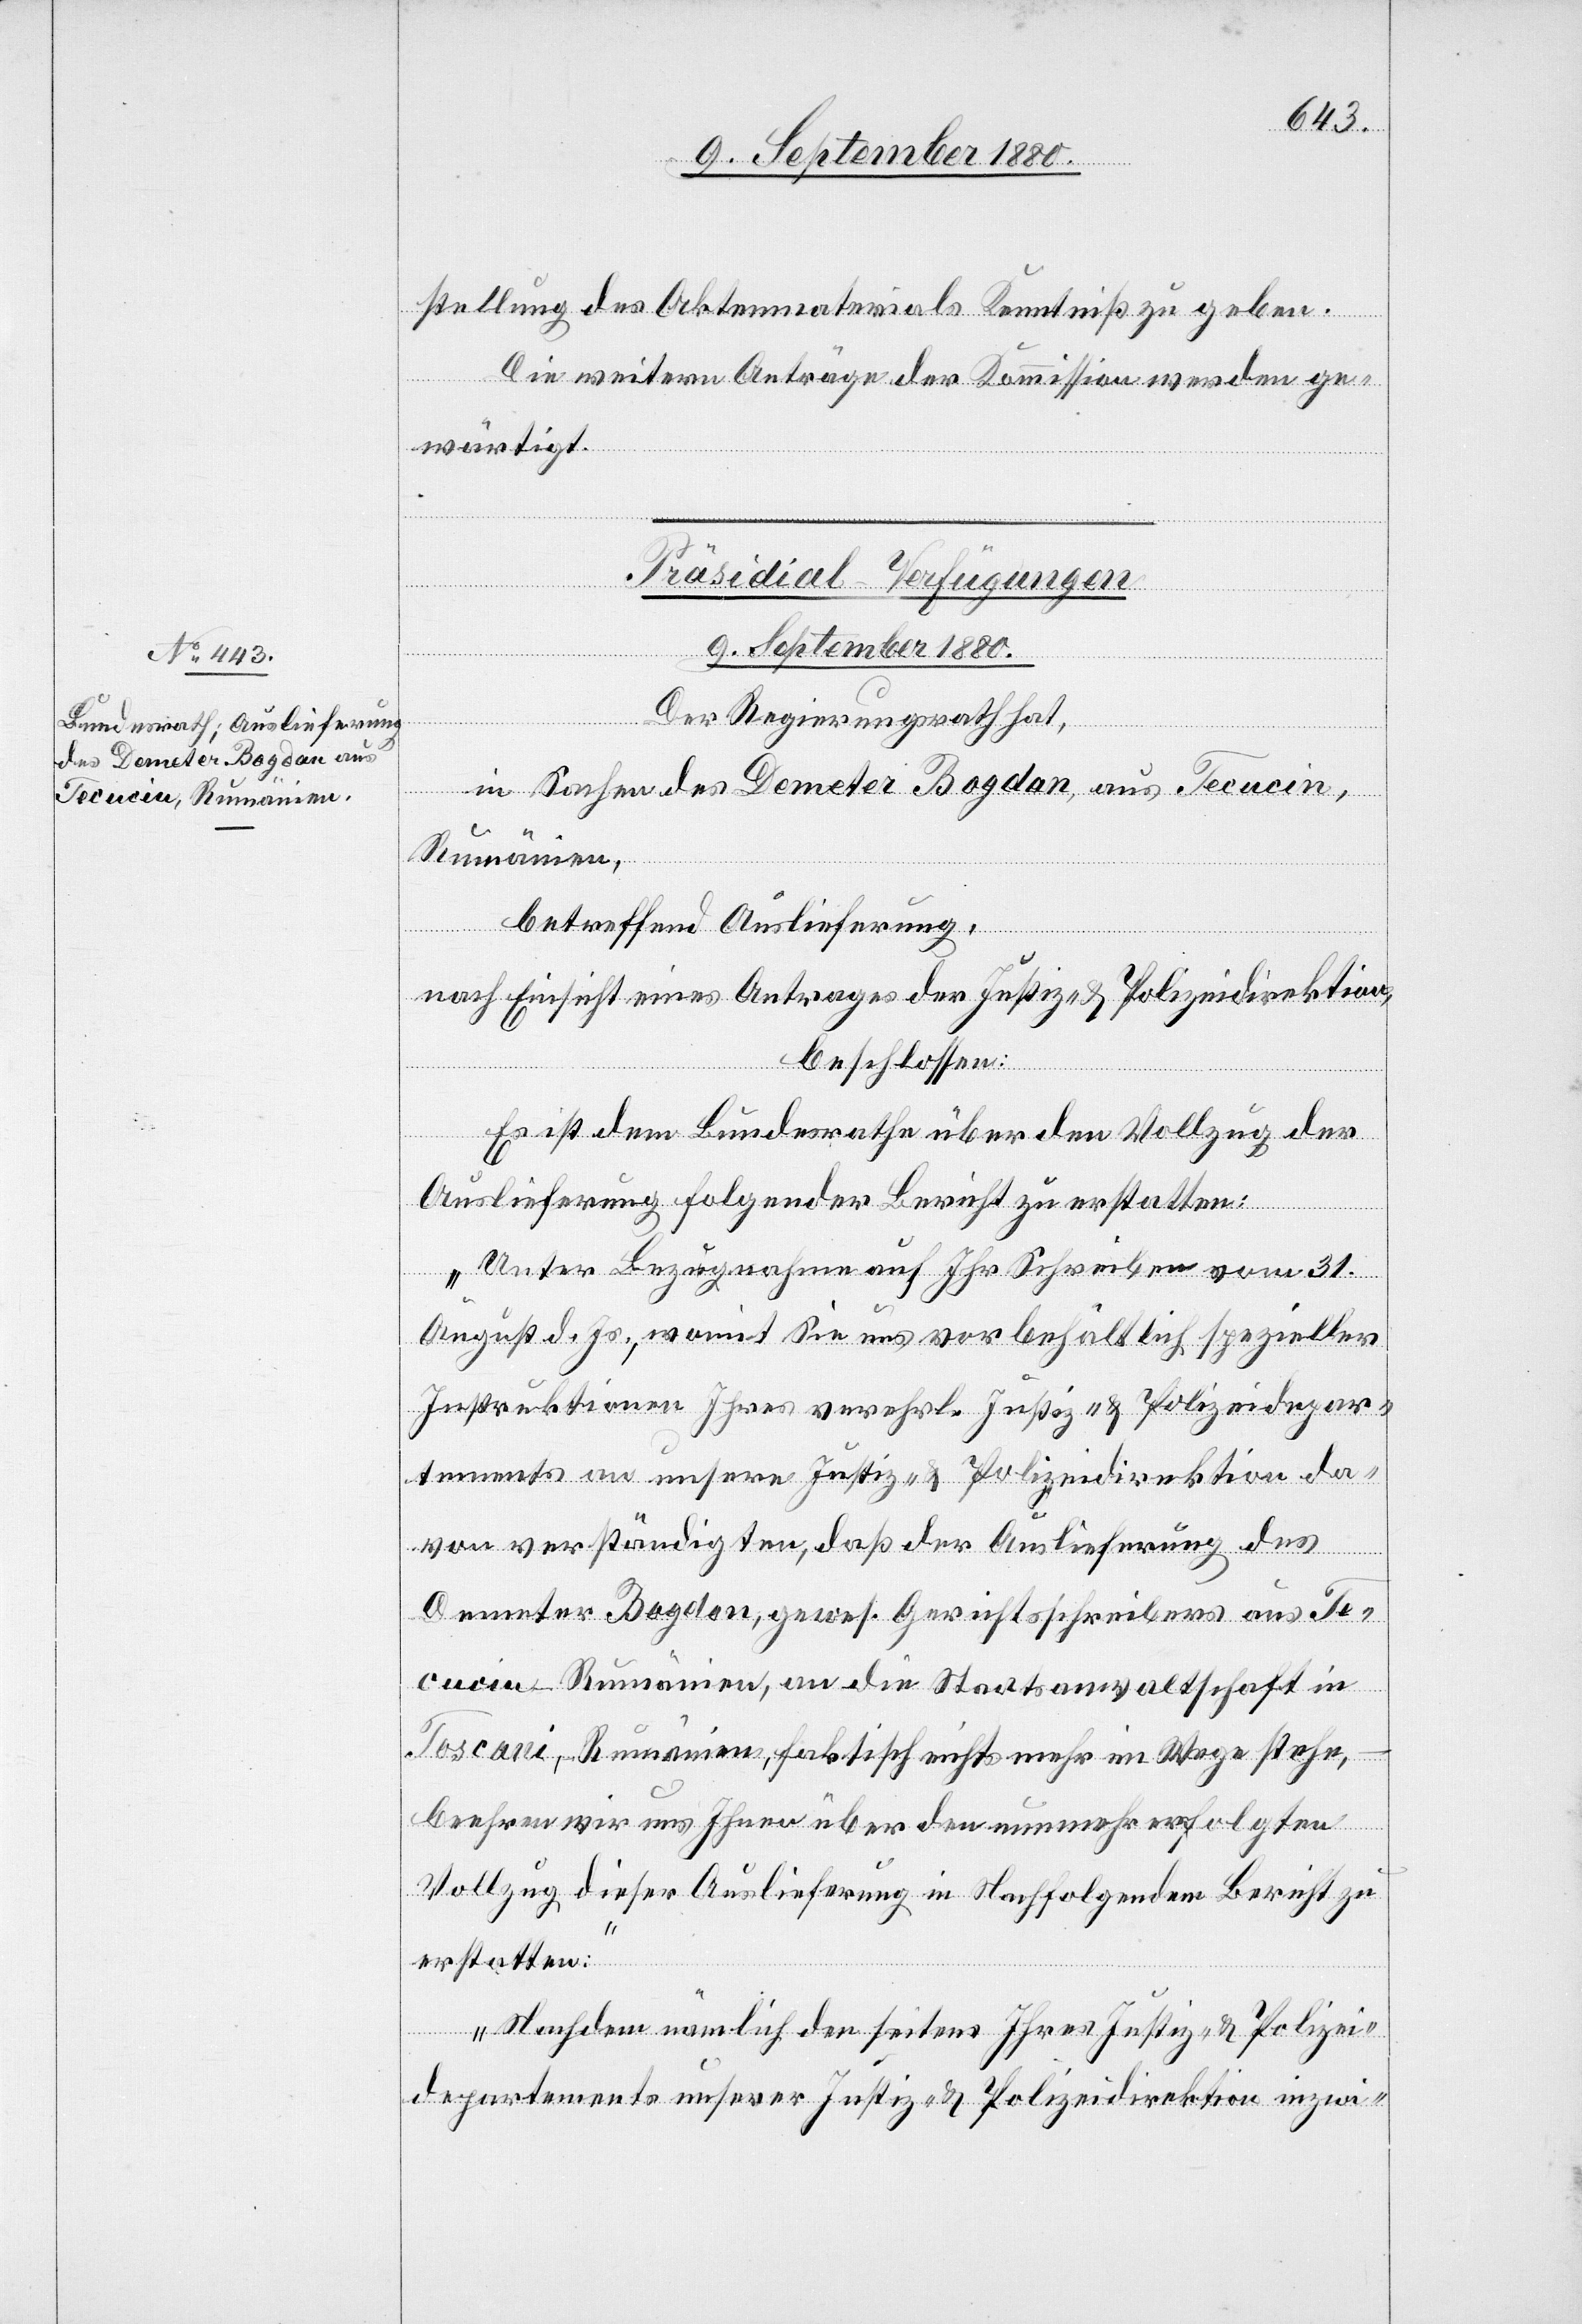
9. September 1880.
stellung des Aktenmaterial Kenntniß zu geben.
Te¬
Die weiteren Anträge der Kommission werden ge¬
wärtigt.
Präsidial-Verfügungen
aus
Der Regierungsrath hat,
in Sachen des Demeter Bogdan, aus Tecucin,
Rumänien,
betreffend Auslieferung,
nach Einsicht eines Antrages der Justiz- & Polizeidirektion,
beschlossen:
Es ist dem Bundesrathe über den Vollzug der
Auslieferung folgender Bericht zu erstatten:
„Unter Bezugnahme auf Ihr Schreiben vom 31.
August d. Js., womit Sie uns vorbehältlich spezieller
Instruktionen Ihres verehrl. Justiz- & Polizeidepar¬
tements an unsere Justiz- & Polizeidirektion da¬
von verständigten, daß der Auslieferung des
Demeter Bogdan, gewes. Gerichtsschreibers [si¬
cucin - Rumänien, an die Staatsanwaltschaft in
Toscani, Rumänien, faktisch nichts mehr im Wege stehe,
beehren wir uns Ihnen über den nunmehr erfolgten
Vollzug, dieser Auslieferung in Nachfolgendem Bericht zu
erstatten:
Nachdem nämlich den seitens Ihres Justiz- & Polizei¬
departements unserer Justiz- & Polizeidirektion inzwi-